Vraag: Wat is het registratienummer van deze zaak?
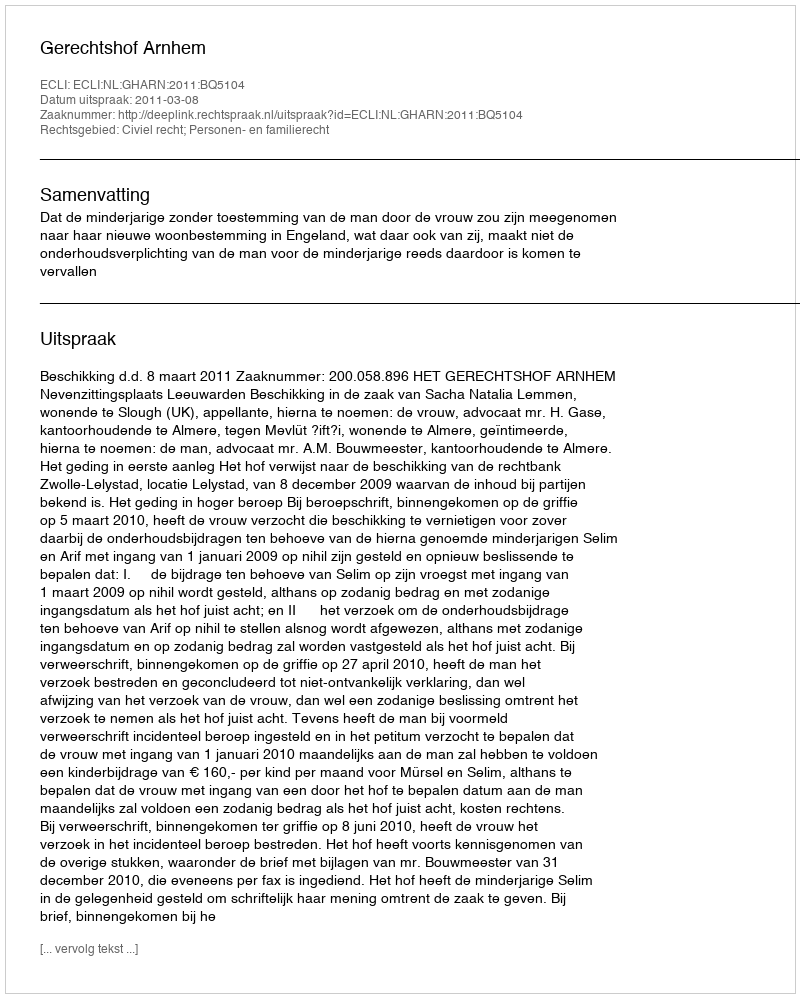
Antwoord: http://deeplink.rechtspraak.nl/uitspraak?id=ECLI:NL:GHARN:2011:BQ5104